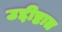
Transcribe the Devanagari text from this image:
उद्दीष्टात